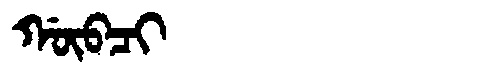
Manchu: ᡤᡡᠪᠴᡳ
Romanization: GŪBCI